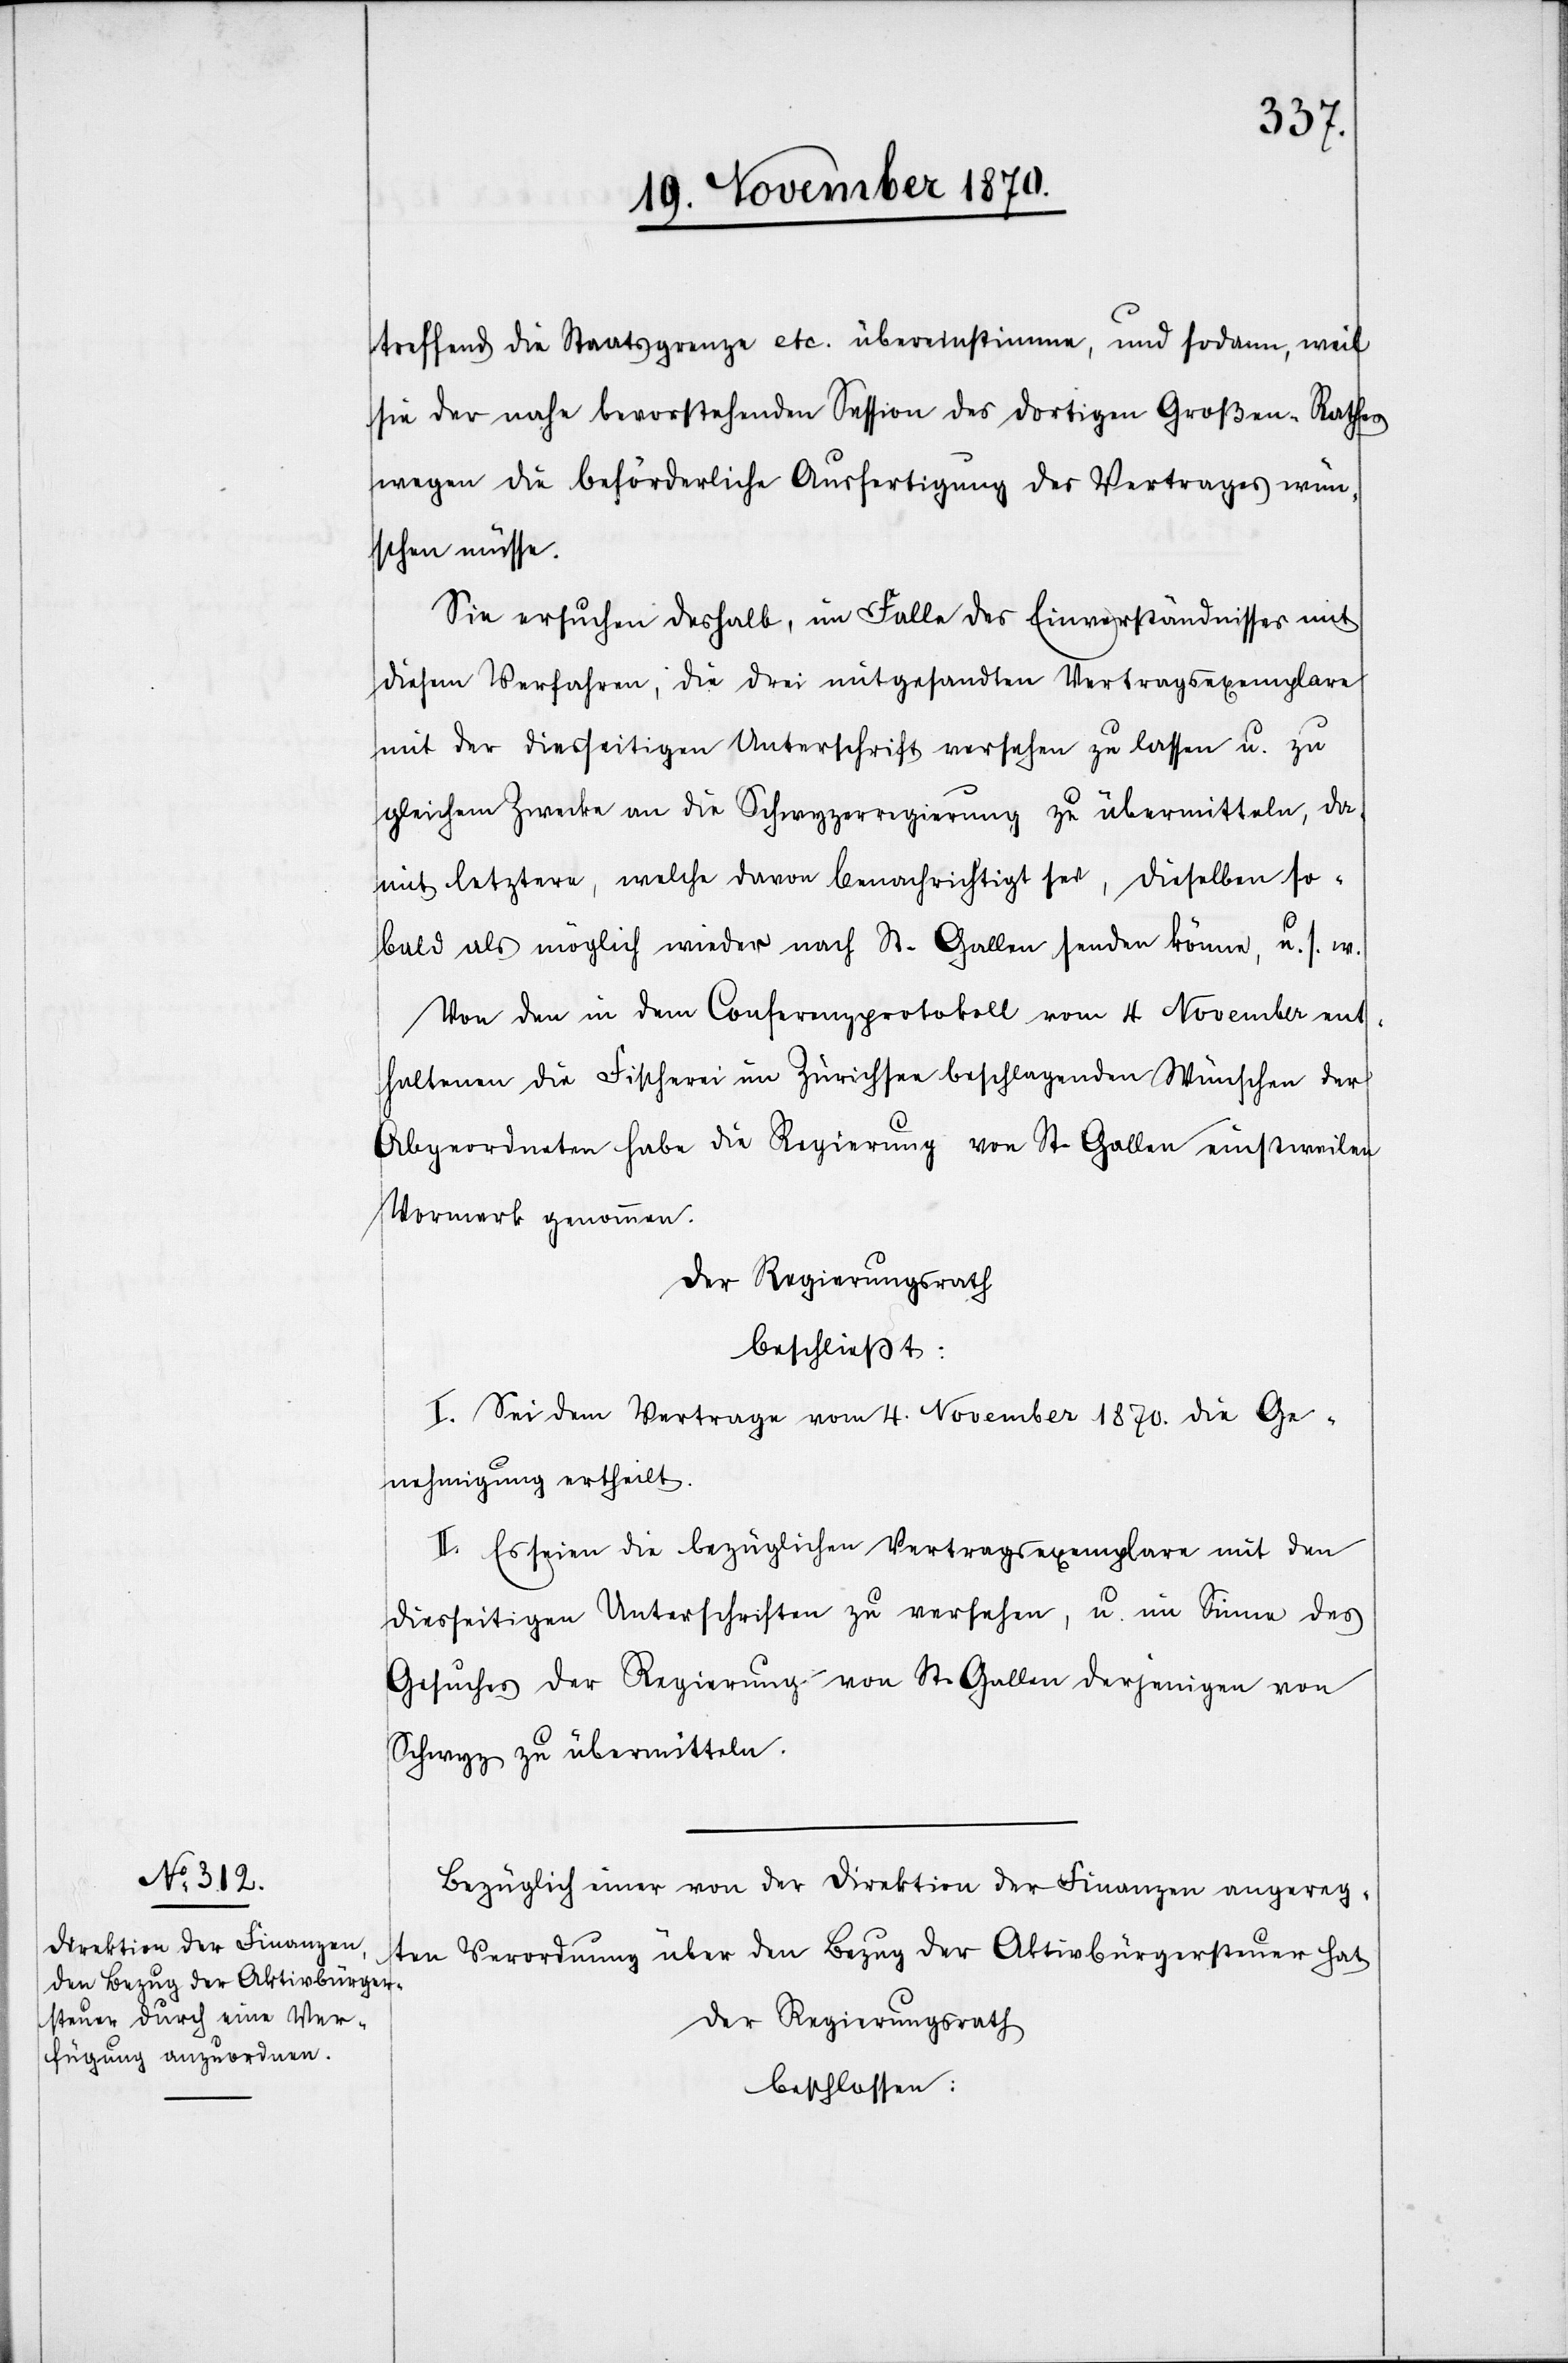
treffend die Staatsgrenze etc. übereinstimme, und sodann, weil
sie der nahe bevorstehenden Session des dortigen Großen Rathes
wegen die beförderliche Ausfertigung des Vertrages wün¬
schen müsse.
Sie ersuche deshalb, im Falle des Einverständnisses mit
diesem Verfahren, die drei mitgesandten Vertragsexemplare
mit der diesseitigen Unterschrift versehen zu lassen u. zu
gleichem Zwecke an die Schwyzerregierung zu übermitteln, da¬
mit letztere, welche davon benachrichtigt sei, dieselben so¬
bald als möglich wieder nach St. Gallen senden könne, u. s. w.
Von den in dem Conferenzprotokoll vom 4 November ent¬
haltenen die Fischerei im Zürichsee beschlagenden Wünschen der
Abgeordneten habe die Regierung von St. Gallen einstweilen
Vormerk genommen.
der Regierungsrath
beschließt:
I. Sei dem Vertrage vom 4. November 1870. die Ge¬
nehmigung ertheilt.
II. Es seien die bezüglichen Vertragsexemplare mit den
diesseitigen Unterschriften zu versehen, u. im Sinne des
Gesuches der Regierung von St. Gallen derjenigen von
Schwyz zu übermitteln.
Bezüglich einer von der Direktion der Finanzen angereg¬
ten Verordnung über den Bezug der Aktivbürgersteuer hat
beschlossen: